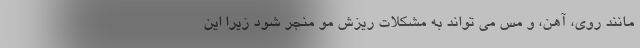
مانند روی، آهن، و مس می تواند به مشکلات ریزش مو منجر شود زیرا این